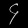
Digit: ၄